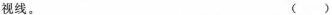
视线。 ( )